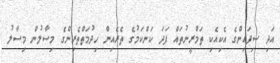
އަދި ސިފައިންގެ އެކިއެކި ތަމްރީނުތައް ފަދަ ކަންކަމުގެ ތެރެއިން ހިދުމަތްތެރިންގެ މިސާލުން މިސާލު